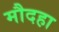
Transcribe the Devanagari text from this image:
मौदहा